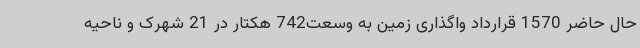
حال حاضر 1570 قرارداد واگذاری زمین به وسعت742 هکتار در 21 شهرک و ناحیه